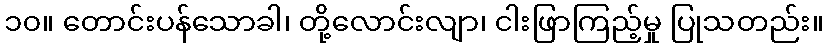
၁၀။ တောင်းပန်သောခါ၊ တို့လောင်းလျာ၊ ငါးဖြာကြည့်မှု ပြုသတည်း။